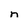
Character: n